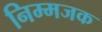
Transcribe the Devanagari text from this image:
निम्मजक